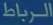
الربط